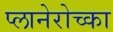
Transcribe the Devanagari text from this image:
प्लानेरोच्का